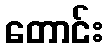
တောင်း